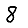
Digit: 8